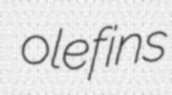
olefins